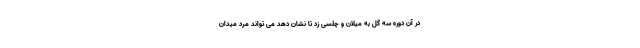
در آن دوره سه گل به میلان و چلسی زد تا نشان دهد می تواند مرد میدان